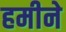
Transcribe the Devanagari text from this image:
हमीने